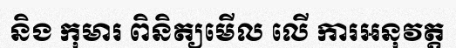
និង កុមារ ពិនិត្យមើល លើ ការអនុវត្ត